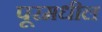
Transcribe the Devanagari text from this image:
पूरमधील